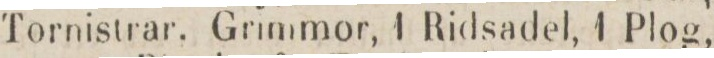
Tornistrar. Grimmor, 1 Ridsadel, 1 Plog,